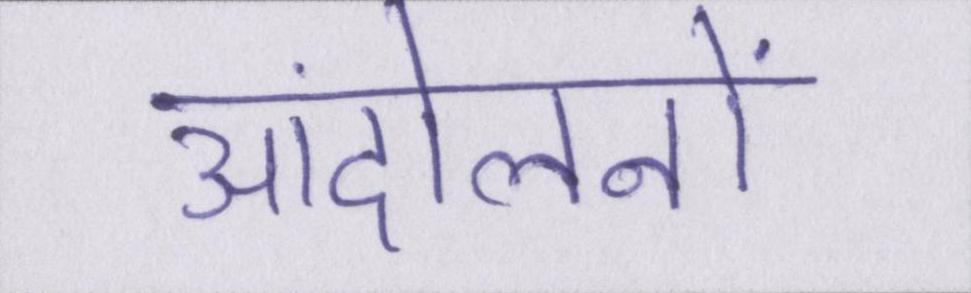
आंदोलनों